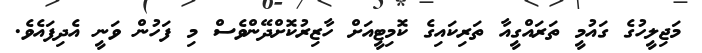
މަޖިލީހުގެ ގައުމީ ތަރައްގީއާ ތަރިކައިގެ ކޮމިޓީއަށް ހާޒިރުކޮށްދޭންވެސް މި ފަހުން ވަނީ އެދިފައެވެ.